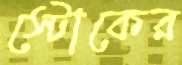
স্টোকের